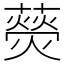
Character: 藀